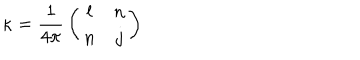
\kappa = { \frac { 1 } { 4 \pi } } \left( \begin{matrix} { { l } } & { { n } } \\ { { n } } & { { j } } \\ \end{matrix} \right)